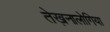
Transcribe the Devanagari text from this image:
तेख़नालोगिया